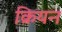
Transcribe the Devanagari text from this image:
क्रियन